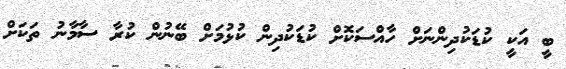
ބީ އަކީ ކުޑަކުދިންނަށް ހާއްސަކޮށް ކުޑަކުދިން ކުޅުމަށް ބޭނުން ކުރާ ސާމާނު ތަކަށް